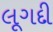
લૂગદી